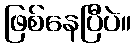
ဖြစ်နေပြီပဲ။